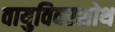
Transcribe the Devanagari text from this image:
वायुविवरशोथ